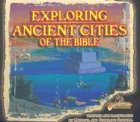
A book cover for Exploring Ancient Cities of the Bible: Lost Bible Treasure; Michael Carroll; Children's Books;